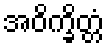
အဝိက္ခိတ္တံ